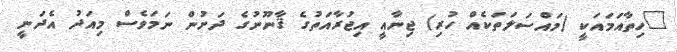
"ހިތާއަމައަކީ (މައްސަލަތަކެއް ހުރި) ޖިނާއީ އިޖުރާއަތުގެ ޤާނޫނުގެ ދަށުން ނަމަވެސް މިއަދު އެދަނީ